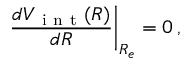
\left. \frac { d V _ { \mathrm { ~ i ~ n ~ t ~ } } ( R ) } { d R } \right| _ { R _ { e } } = 0 \, ,